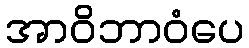
အာဝိဘာဝံပေ